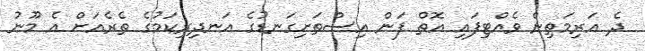
ދެ އަރިމަތިން ވެއްޓިފައި އޮތް ފަން އިސްތަށިގަނޑުގެ އަނދިރިކަމުގެ ތެރެއަށް އެ މޫނު